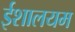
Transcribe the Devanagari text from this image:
ईशालयम